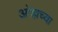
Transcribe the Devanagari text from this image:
ओह्मच्या